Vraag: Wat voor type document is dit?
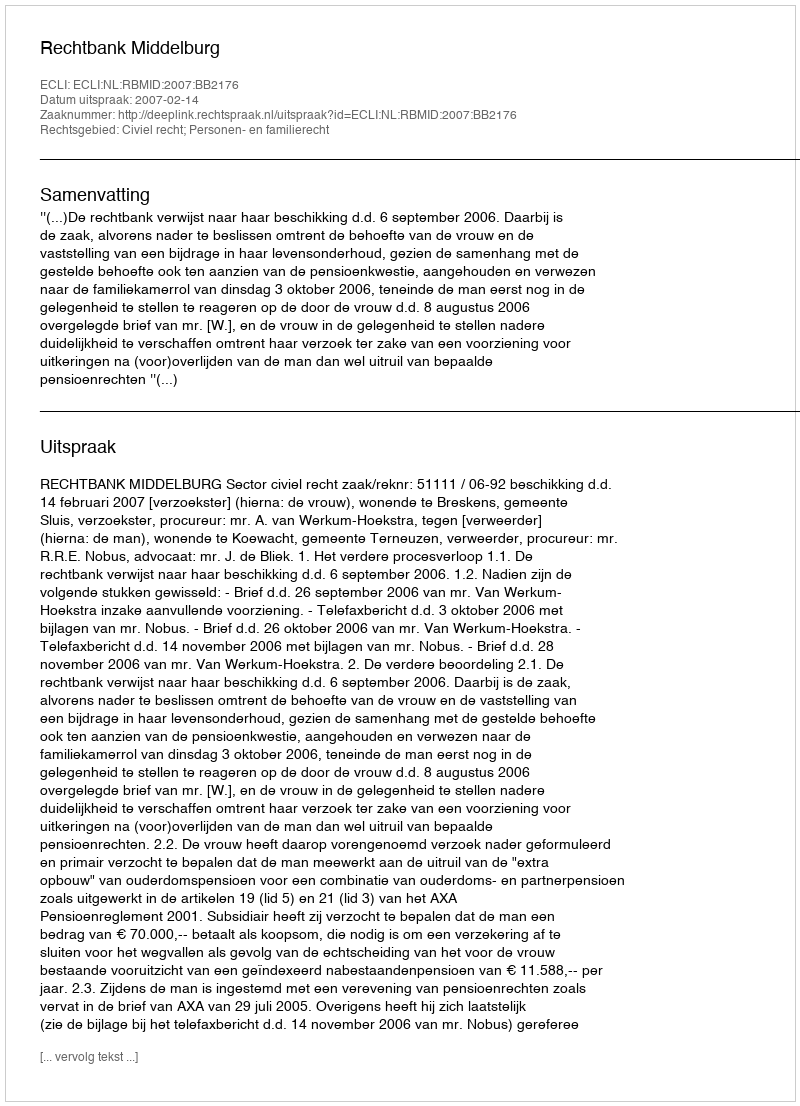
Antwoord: Uitspraak